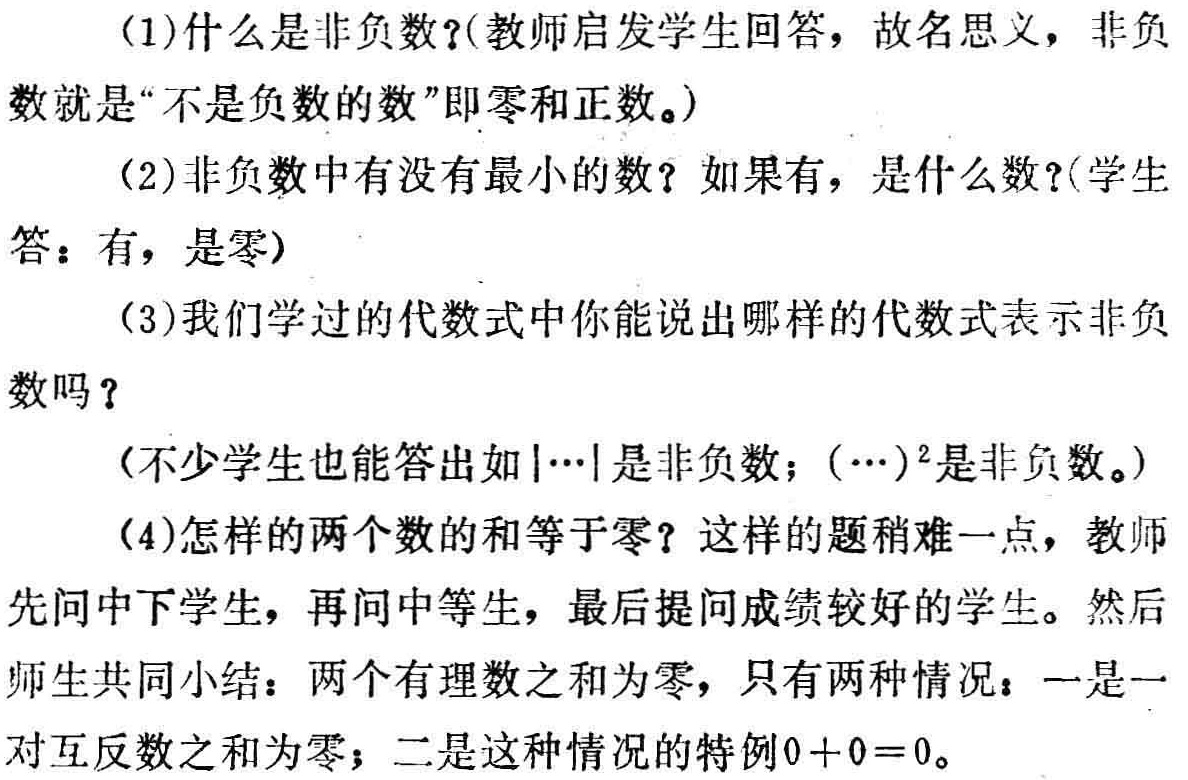
(1)什么是非负数?(教师启发学生回答，故名思义，非负数就是“不是负数的数”即零和正数。)

(2)非负数中有没有最小的数？如果有，是什么数?(学生答：有，是零)

(3)我们学过的代数式中你能说出哪样的代数式表示非负数吗？

(不少学生也能答出如$|\cdots|$是非负数；$(\cdots)^2$是非负数。)

(4)怎样的两个数的和等于零？这样的题稍难一点，教师先问中下学生，再问中等生，最后提问成绩较好的学生。然后师生共同小结：两个有理数之和为零，只有两种情况：一是一对互反数之和为零；二是这种情况的特例\(0 + 0 = 0\)。